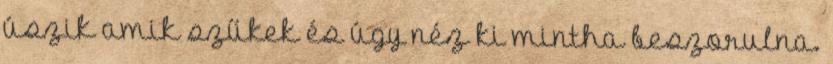
úszik amik szűkek és úgy néz ki mintha beszorulna.